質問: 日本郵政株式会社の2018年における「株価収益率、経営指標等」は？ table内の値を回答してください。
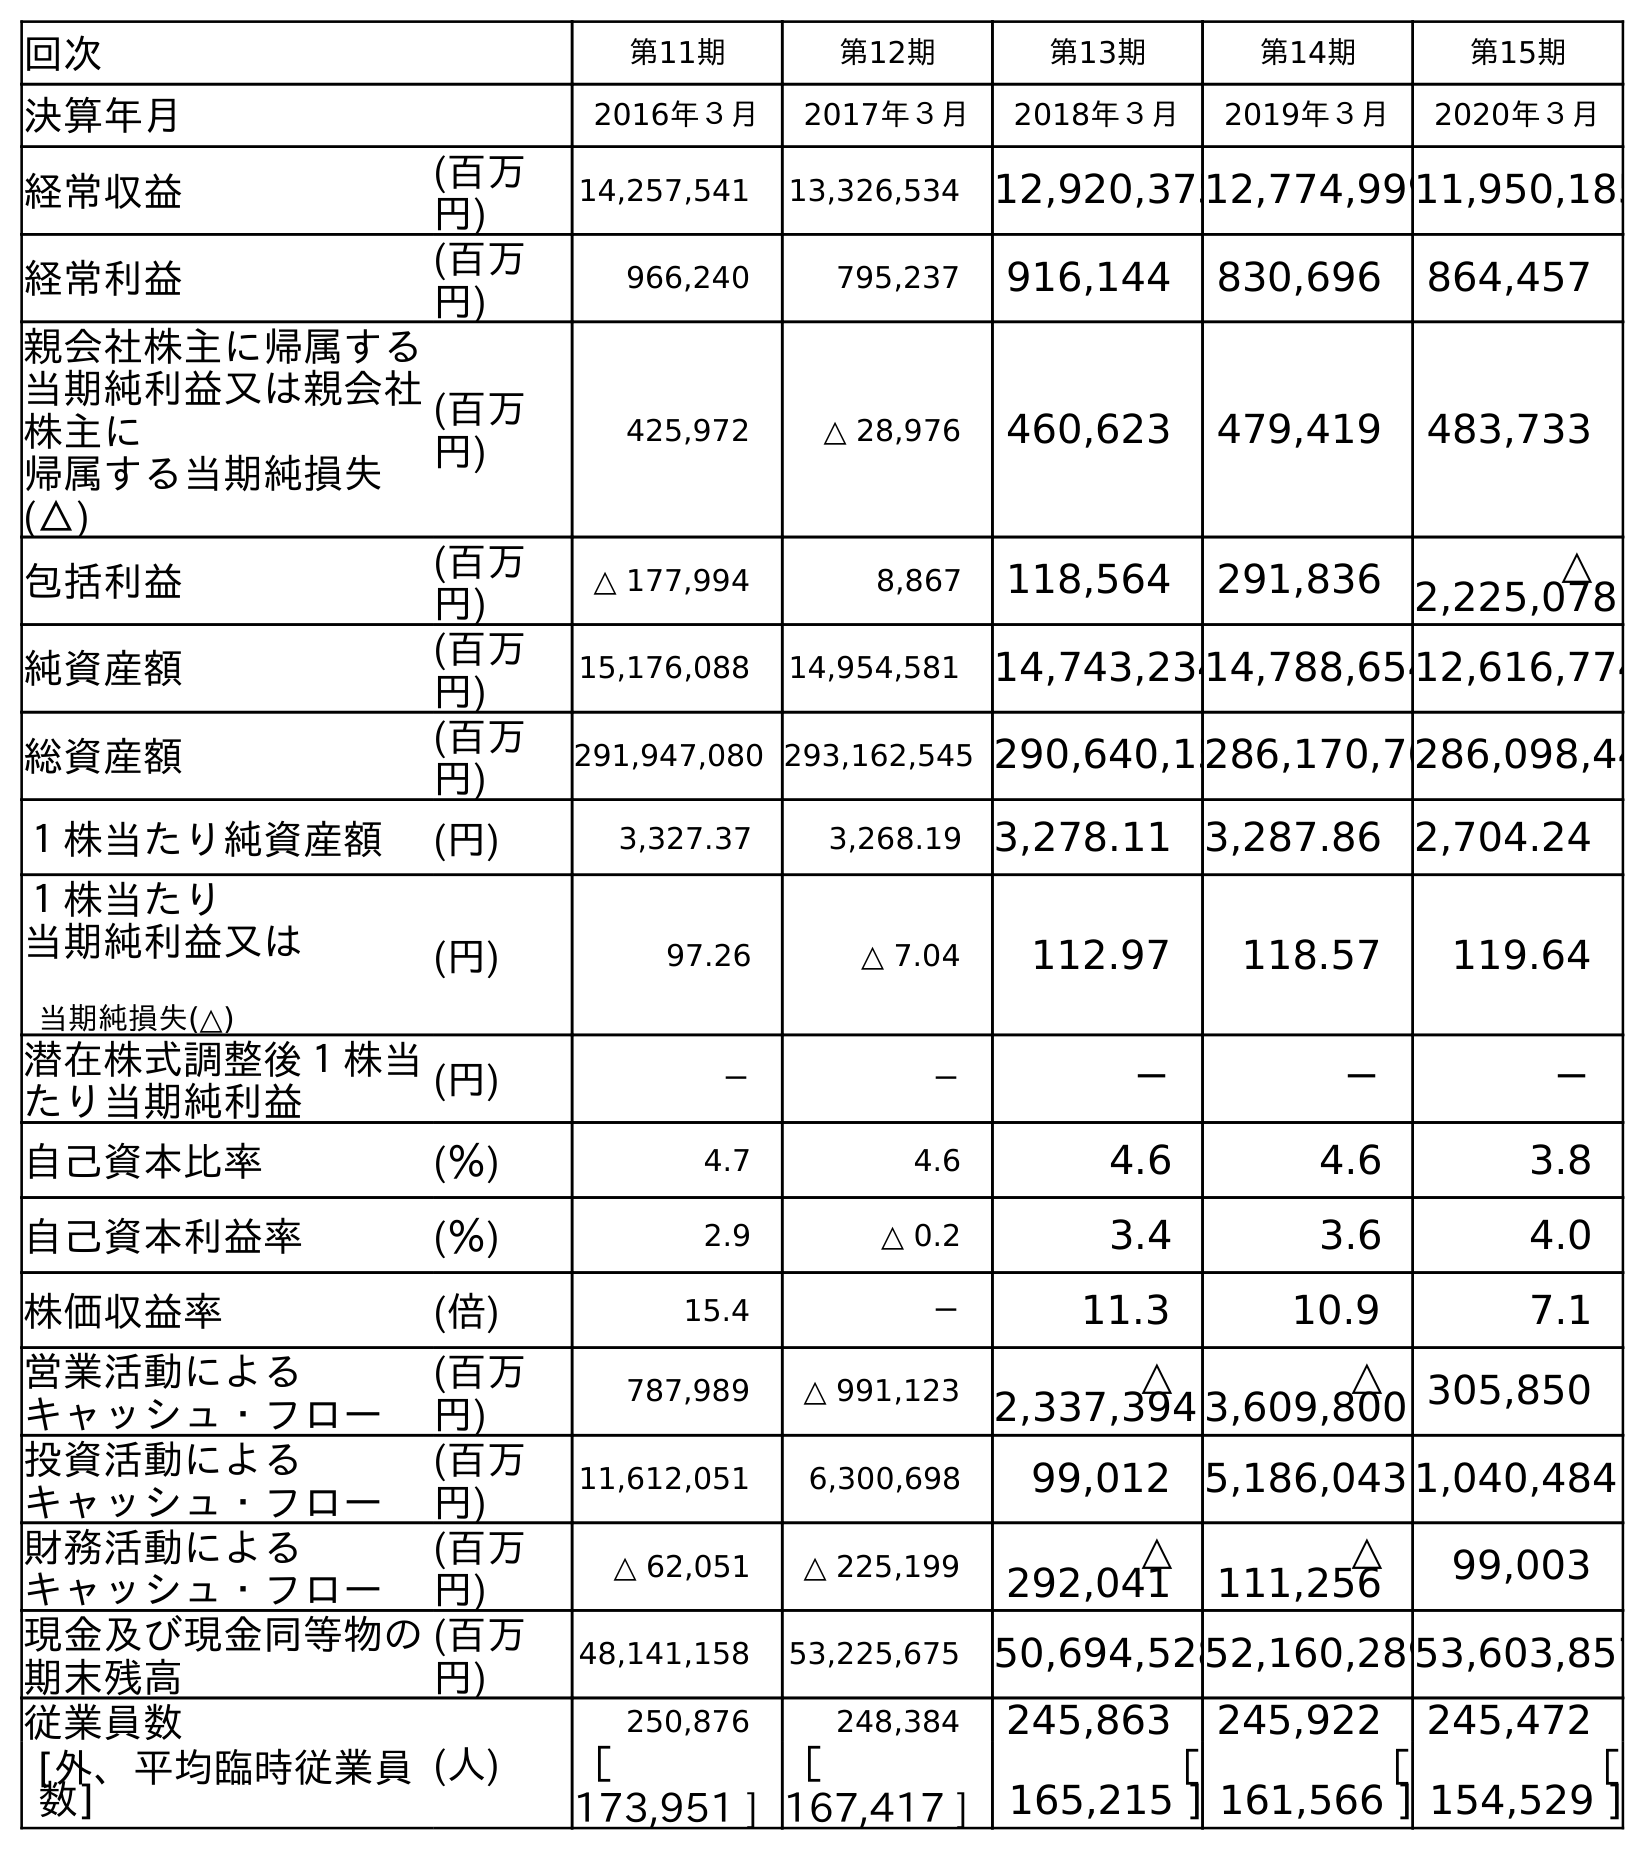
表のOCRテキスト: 回次 第11期 第12期 第13期 第14期 第15期 決算年月 2016年３月 2017年３月 2018年３月 2019年３月 2020年３月 経常収益 (百万 円) 14,257,541 13,326,534 12,920,37512,774,99911,950,185 経常利益 (百万 円) 966,240 795,237 916,144 830,696 864,457 親会社株主に帰属する 当期純利益又は親会社 株主に 帰属する当期純損失 (△) (百万 円) 425,972 △ 28,976 460,623 479,419 483,733 包括利益 (百万 円) △ 177,994 8,867 118,564 291,836 △ 2,225,078 純資産額 (百万 円) 15,176,088 14,954,581 14,743,23414,788,65412,616,774 総資産額 (百万 円) 291,947,080 293,162,545 290,640,15286,170,70286,098,44 １株当たり純資産額 (円) 3,327.37 3,268.19 3,278.11 3,287.86 2,704.24 １株当たり 当期純利益又は 当期純損失(△) (円) 97.26 △ 7.04 112.97 118.57 119.64 潜在株式調整後１株当 たり当期純利益 (円) － － － － － 自己資本比率 (％) 4.7 4.6 4.6 4.6 3.8 自己資本利益率 (％) 2.9 △ 0.2 3.4 3.6 4.0 株価収益率 (倍) 15.4 － 11.3 10.9 7.1 営業活動による キャッシュ・フロー (百万 円) 787,989 △ 991,123 △ 2,337,394 △ 3,609,800 305,850 投資活動による キャッシュ・フロー (百万 円) 11,612,051 6,300,698 99,012 5,186,043 1,040,484 財務活動による キャッシュ・フロー (百万 円) △ 62,051 △ 225,199 △ 292,041 △ 111,256 99,003 現金及び現金同等物の 期末残高 (百万 円) 48,141,158 53,225,675 50,694,52852,160,28953,603,857 従業員数 (人) 250,876 248,384 245,863 245,922 245,472 [外、平均臨時従業員 数] ［ 173,951 ] ［ 167,417 ] ［ 165,215 ] ［ 161,566 ] ［ 154,529 ]
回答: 11.3